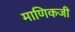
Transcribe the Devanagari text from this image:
माणिकजी